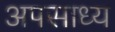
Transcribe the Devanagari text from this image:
अपसाध्य